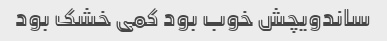
ساندویچش خوب بود کمی خشک بود